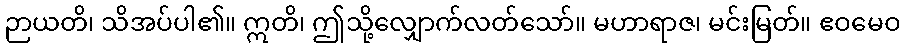
ဉာယတိ၊ သိအပ်ပါ၏။ ဣတိ၊ ဤသို့လျှောက်လတ်သော်။ မဟာရာဇ၊ မင်းမြတ်။ ဧဝမေဝ